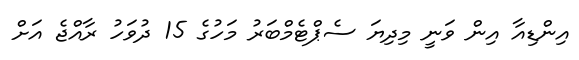
އިންޑިއާ އިން ވަނީ މިދިޔަ ސެޕްޓެމްބަރު މަހުގެ 15 ދުވަހު ރާއްޖެ އަށް